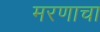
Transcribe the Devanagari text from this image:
मरणाचा